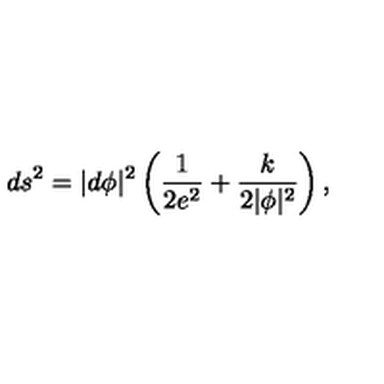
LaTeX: d s ^ { 2 } = | d \phi | ^ { 2 } \left( \frac { 1 } { 2 e ^ { 2 } } + \frac { k } { 2 | \phi | ^ { 2 } } \right) ,